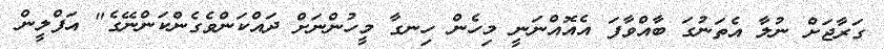
ގަރާޖަށް ނުލާ އެތަނުގަ ބާއްވާފަ އެއޮއްނަނީ މިހެން ހިނގާ މީހުންނަށް ދައްކަންވެގެންކަންނޭގެ" އަފްލީން